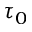
\tau _ { 0 }